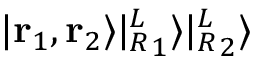
| \mathbf { r } _ { 1 } , \mathbf { r } _ { 2 } \rangle | { ^ L _ { R } } _ { 1 } \rangle | { ^ L _ { R } } _ { 2 } \rangle